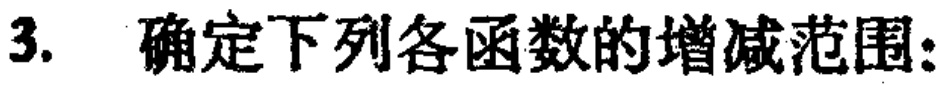
3. 确定下列各函数的增减范围：